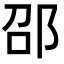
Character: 邵